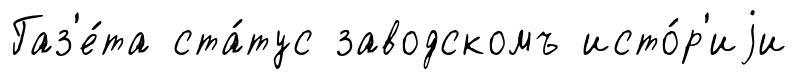
Газ'е́та ста́тус заводскомъ исто́р'иjи